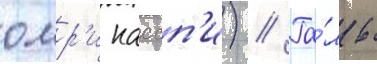
омр'и кассп'и) // Га́ль